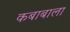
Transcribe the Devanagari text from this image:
कबाबाला